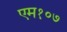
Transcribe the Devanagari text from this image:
एम१०७